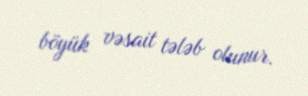
böyük vəsait tələb olunur.